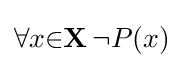
\forall {x}{\in }\mathbf {X} \,\lnot P(x)